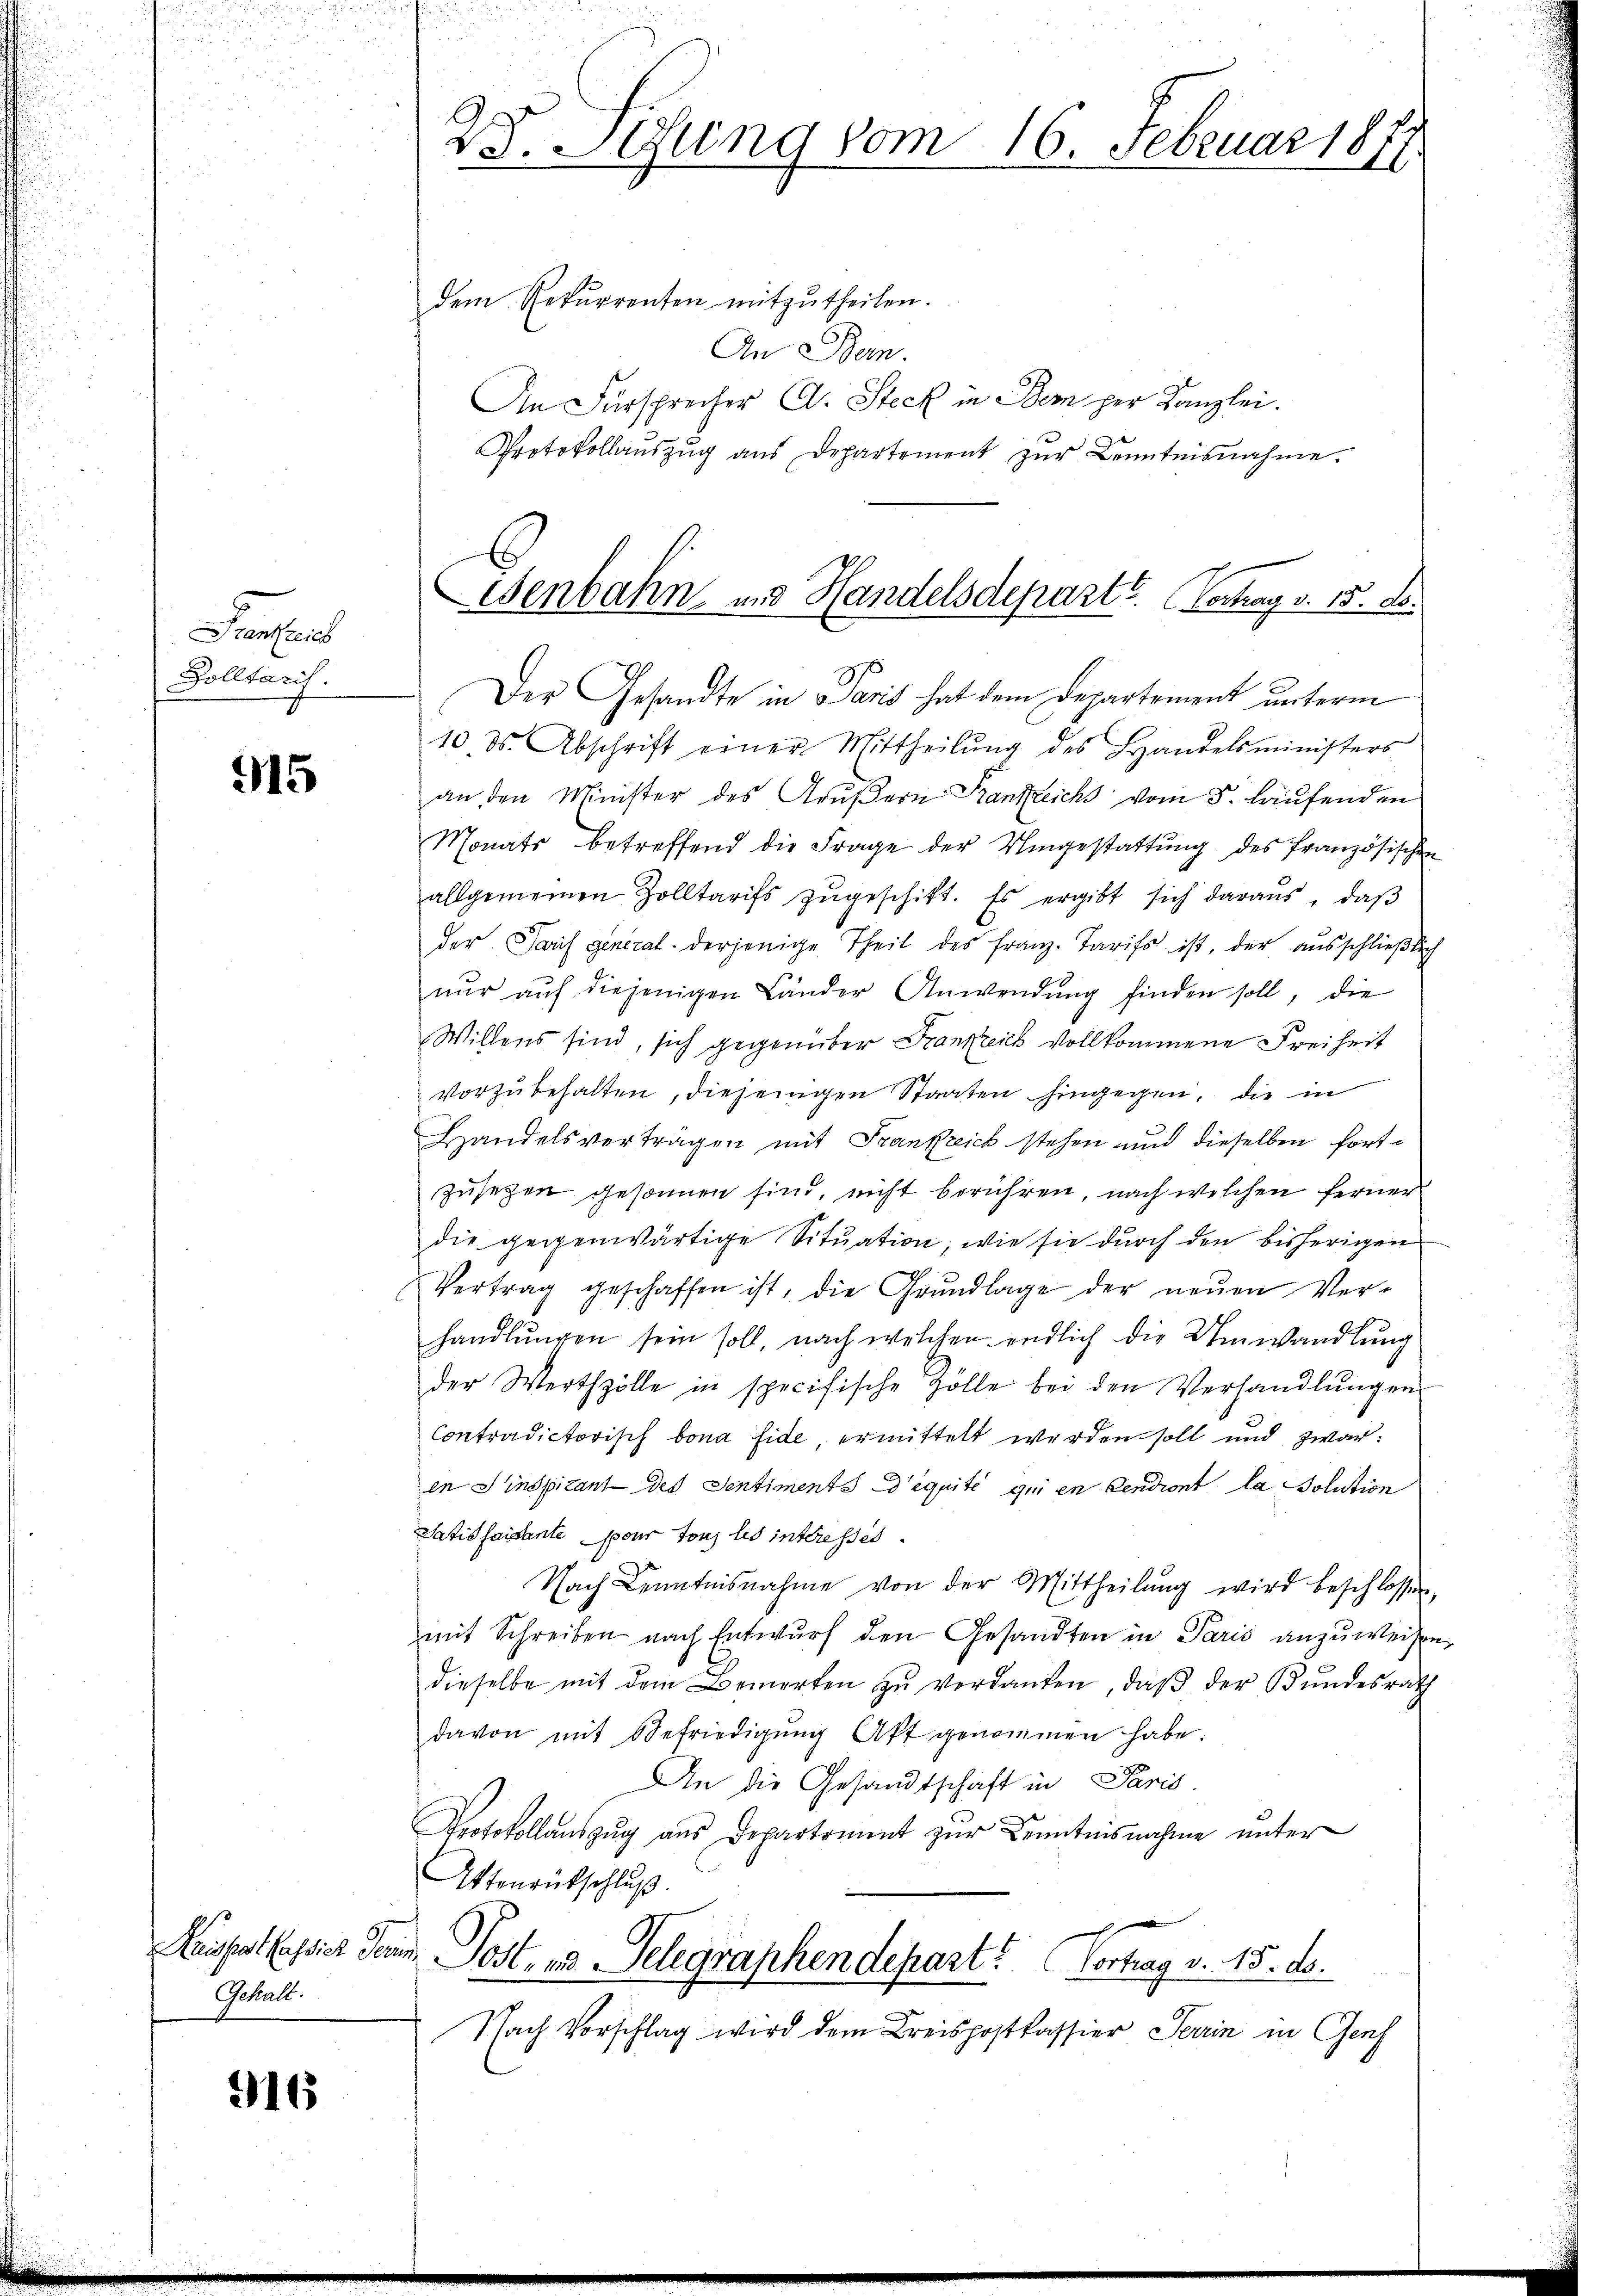
Parteil
Zolltarif.

915

aispat fassier Per
Gehalt.

916

28. Sitzung vom 16. Februar 1871

dem Rekurrenten mitzŭtheilen.
An Bern.
An Fürsprecher A. Steck in Bem per Kanzlei.
Protokollaŭszŭg aŭs Departement zŭr Kenntnisnahme.

Genbahn- und Handelsdeparte. Vertrag v. 15. d.
Der Gesandte in Paris hat dem Departement unterm

10. ds. Abschrift einer Mittheilŭng des Handelsministers
an den Minister des Grußern Kanzleichs vom 5. laufenden
Monats betreffend die Frage der Umgestattung des französischen
allgemeinen Zolltarifs zŭgeschikt. Es ergibt sich daraus, daβ
der. Paris general derjenige Theil des Franz. Tarifs ist, der ausschließlich
nŭr aŭf diejenigen Länder Anwendŭng finden soll, die
Willens sind, sich gegenüber Frankreich vollkommene Freiheit
vorzŭbehalten, diejenigen Staaten hingegen, die in
Handelsverträgen mit Frankreich stehen und dieselben fortzusetzen gesonnen sind, nicht berühren, nach welchen ferner
die gegenwärtige Situation, wie sie durch den bisherigen
Vertrag geschaffen ist, die Grŭndlage der neŭen Ver-
handlungen sein soll, nach welchen endlich die Umwandlung
der Werthzölle in specifische Zolle bei den Verhandlŭngen
Contradictorisch bona fide ermittelt werden soll und zwar:
en Sinspitant des Sentiments d’équite qui en cendiont la solution
Satisfaisante pour tous les interesses
Nach Kenntnisnahme von der Mittheilŭng wird beschlossen,
mit Schreiben nach Entwurf den Gesandten in Paris anzuweisen,
dieselbe mit dem Bemerken zŭ verdanken, daβ der Bundesrath
davon mit Befriedigŭng Akt genommen habe.
An die Gesandtschaft in Paris
Protokollaŭszŭg aŭs Departement zur Kenntnisnahme unter
Aktenrückschluß.
g
in Post- u Gelegraphendepart? Vortrag v. 15. ds.
Nach Vorschlag wird dem Kreispostkassier Serin in Genf